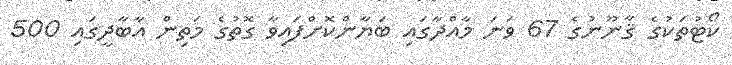
ކޯޓުތަކުގެ ޤާނޫނުގެ 67 ވަނަ މާއްދާގައި ބަޔާންކޮށްފައިވާ ގޮތުގެ މަތިން އާބާދީގައި 500